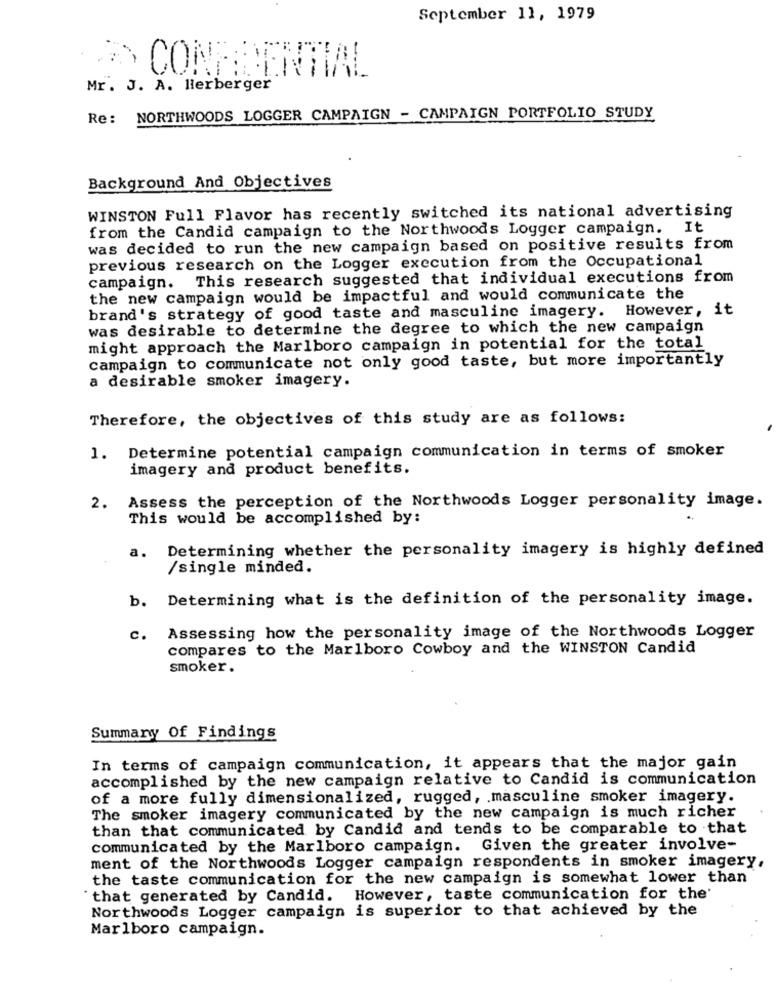
September 11, 1979
CONFIDENTIAL
Mr. J. A. Herberger
Re: NORTHWOODS LOGGER CAMPAIGN - CAMPAIGN PORTFOLIO STUDY
Background And Objectives
WINSTON Full Flavor has recently switched its national advertising
from the Candid campaign to the Northwoods Logger campaign. It
was decided to run the new campaign based on positive results from
previous research on the Logger execution from the Occupational
campaign. This research suggested that individual executions from
the new campaign would be impactful and would communicate the
brand's strategy of good taste and masculine imagery. However, it
was desirable to determine the degree to which the new campaign
might approach the Marlboro campaign in potential for the total
campaign to communicate not only good taste, but more importantly
a desirable smoker imagery.
Therefore, the objectives of this study are as follows:
Determine potential campaign communication in terms of smoker
1.
imagery and product benefits.
2.
Assess the perception of the Northwoods Logger personality image.
This would be accomplished by:
Determining whether the personality imagery is highly defined
a.
/single minded.
b.
Determining what is the definition of the personality image.
Assessing how the personality image of the Northwoods Logger
c.
compares to the Marlboro Cowboy and the WINSTON Candid
smoker.
Summary Of Findings
In terms of campaign communication, it appears that the major gain
accomplished by the new campaign relative to Candid is communication
of a more fully dimensionalized, rugged, masculine smoker imagery.
The smoker imagery communicated by the new campaign is much richer
than that communicated by Candid and tends to be comparable to that
communicated by the Marlboro campaign. Given the greater involve-
ment of the Northwoods Logger campaign respondents in smoker imagery,
the taste communication for the new campaign is somewhat lower than
`that generated by Candid. However, taste communication for the'
Northwoods Logger campaign is superior to that achieved by the
Marlboro campaign.